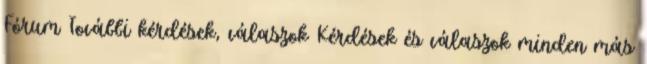
Fórum További kérdések, válaszok Kérdések és válaszok minden más